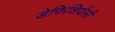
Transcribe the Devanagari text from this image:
डेफिशियेंसी